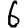
Digit: 6